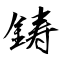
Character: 鋳